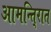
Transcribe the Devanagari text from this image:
आमन्ति्रात